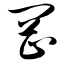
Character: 罔